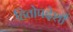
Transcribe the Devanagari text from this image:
हितोपदेशी